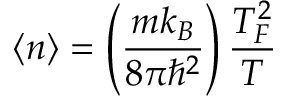
\langle n \rangle = \left( \frac { m k _ { B } } { 8 \pi \hbar ^ { 2 } } \right) { \frac { T _ { F } ^ { 2 } } { T } }